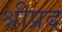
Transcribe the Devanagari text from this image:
श्रीप्रद